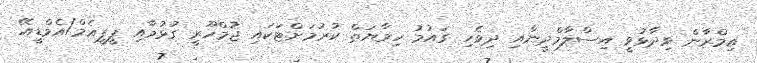
އިމްރާން ވިދާޅުވީ އިސްލާމްދީނާއި ދިވެހި ގައުމު ހިމާޔަތް ކުރުމަށްޓަކައި ޖުމްހޫރީ ގުޅުމާއި ޕީޕީއެމް/އެމްޑީއޭ